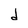
Character: d